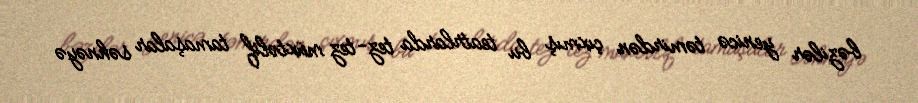
bəzilər yenicə təmirdən çıxmış bu teatrlarda tez-tez müxtəlif tamaşalar səhnəyə